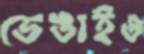
ভেঙাইও